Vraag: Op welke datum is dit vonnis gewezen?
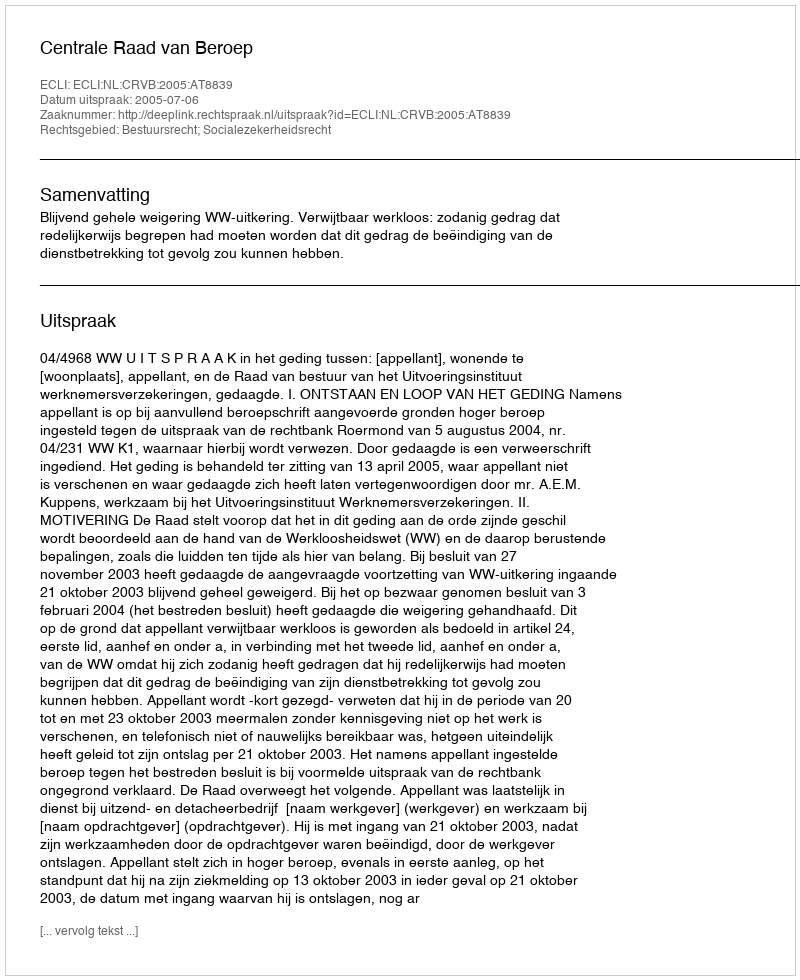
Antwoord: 2005-07-06